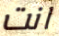
انت